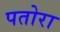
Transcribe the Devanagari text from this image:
पतोरा